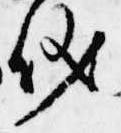
儀